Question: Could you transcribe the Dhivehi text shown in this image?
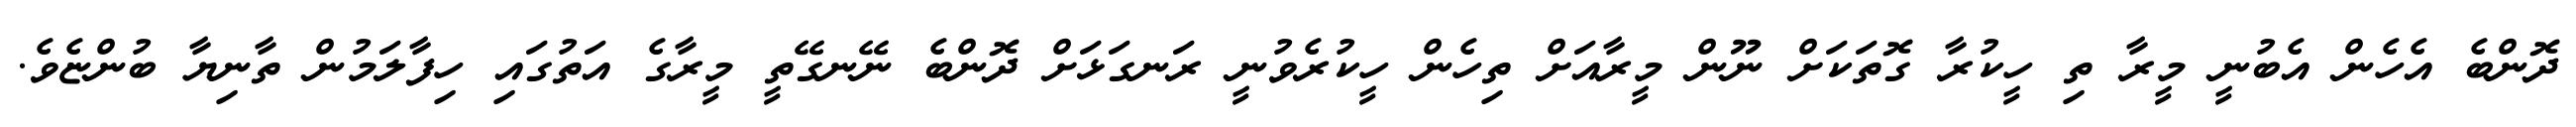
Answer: ދޮންބެ އެހެން އެބުނީ މީރާ ތި ހީކުރާ ގޮތަކަށް ނޫން މީރާއަށް ތިހެން ހީކުރެވުނީ ރަނގަޅަށް ދޮންބެ ނޭނގޭތީ މީރާގެ އަތުގައި ހިފާލަމުން ތާނިޔާ ބުންޏެވެ.